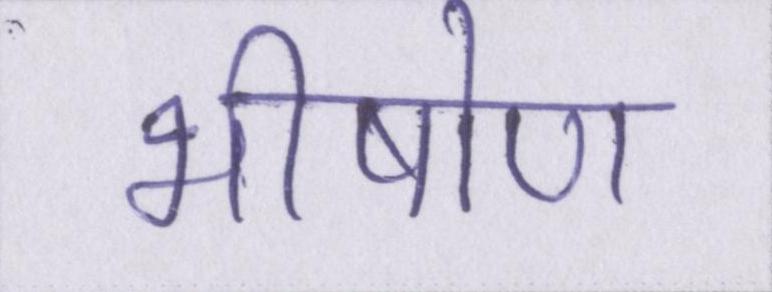
भीषोण